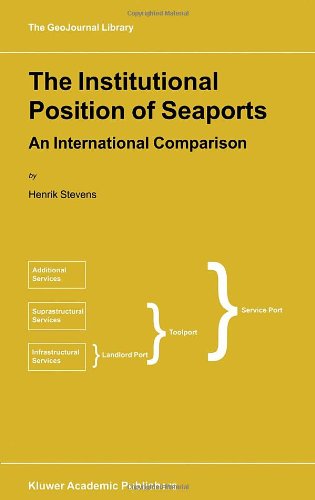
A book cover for The Institutional Position of Seaports - An International Comparison (GEOJOURNAL LIBRARY Volume 51); H. Stevens; Business & Money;